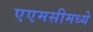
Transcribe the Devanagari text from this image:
एएमसीमध्ये